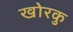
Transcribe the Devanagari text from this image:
खोरकु